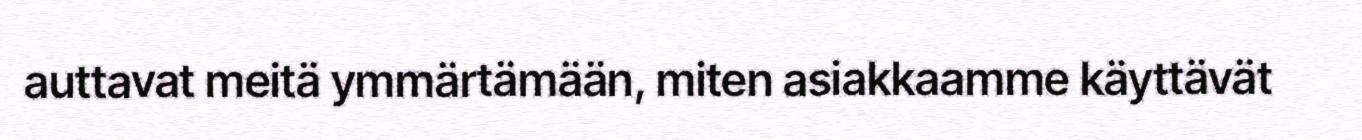
auttavat meitä ymmärtämään, miten asiakkaamme käyttävät